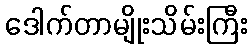
ဒေါက်တာမျိုးသိမ်းကြီး